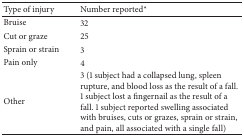
<table><thead><tr><td><b>Type of injury</b></td><td><b>Number reported*</b></td></tr></thead><tbody><tr><td>Bruise</td><td>32</td></tr><tr><td>Cut or graze</td><td>25</td></tr><tr><td>Sprain or strain</td><td>3</td></tr><tr><td>Pain only</td><td>4</td></tr><tr><td>Other</td><td>3 (1 subject had a collapsed lung, spleen rupture, and blood loss as the result of a fall. 1 subject lost a fingernail as the result of a fall. 1 subject reported swelling associated with bruises, cuts or grazes, sprain or strain, and pain, all associated with a single fall)</td></tr></tbody></table>